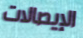
الإيصالات